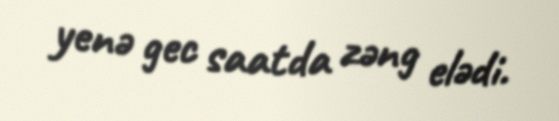
yenə gec saatda zəng elədi.